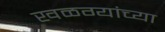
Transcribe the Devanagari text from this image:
खळग्यांच्या